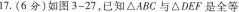
17. (6分) 如图3-27，已知△ A B C与△ D E F是全等